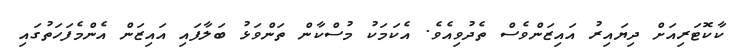
ކާކޮޓަރިއަށް ދިޔައިރު އައިޒަންވެސް ތެދުވިއެވެ. އެކަމަކު މުސްކާން ތަންވަޅު ބަލާފައި އައިޒަން އެންމެފަހަތުގައި